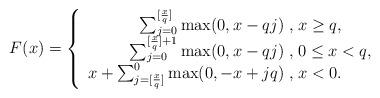
LaTeX: \begin{align*}F(x)=\left\{ \begin{array}{r@{\;,\;}l}\sum_{j=0}^{[\frac{x}{q}]}\max(0,x-qj) &x\geq q,\\\sum_{j=0}^{[\frac{x}{q}]+1}\max(0,x-qj) & 0\leq x<q,\\ x+\sum_{j=[\frac{x}{q}]}^{0}\max(0,-x+jq) & x<0.\\ \end{array} \right.\end{align*}